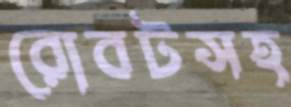
রোবটসহ